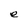
Character: e